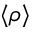
\langle \rho \rangle